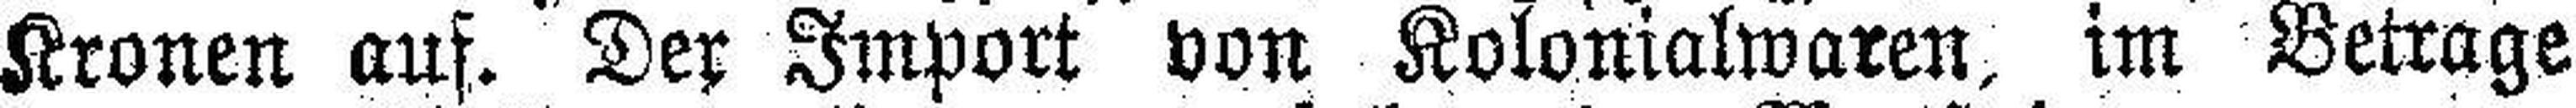
Kronen auf. Der Import von Kolonialwaren, im Betrage